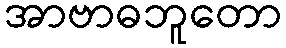
အာဗာဓဘူတော